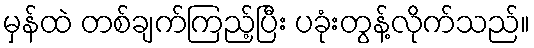
မှန်ထဲ တစ်ချက်ကြည့်ပြီး ပခုံးတွန့်လိုက်သည်။